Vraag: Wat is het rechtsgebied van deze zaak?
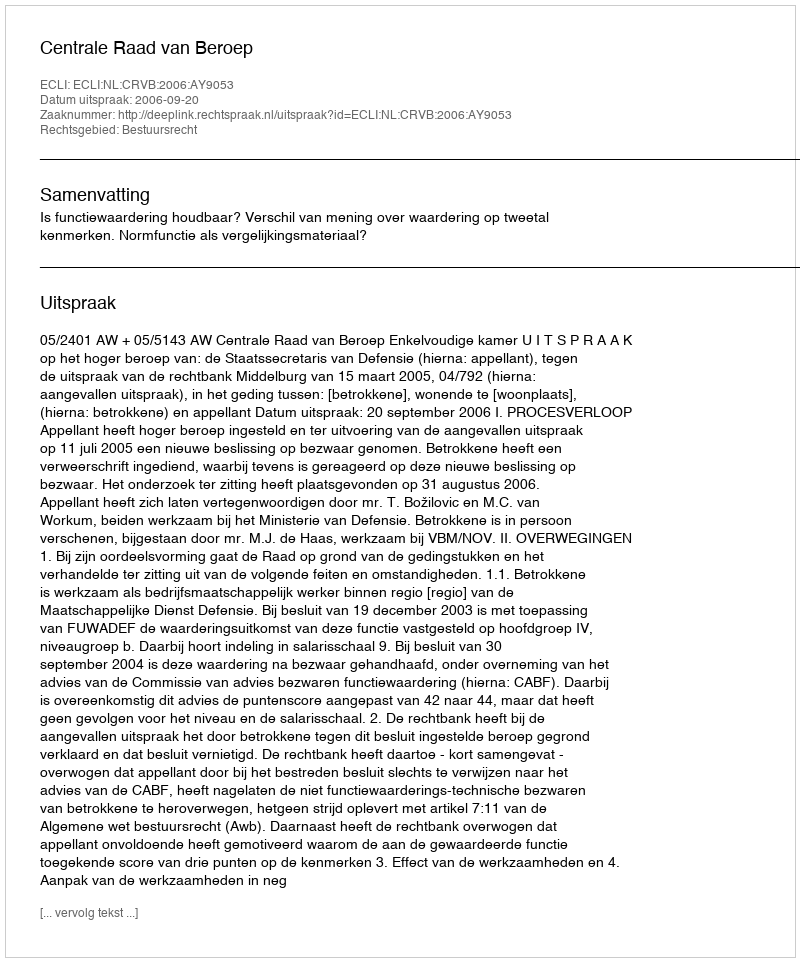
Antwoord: Bestuursrecht